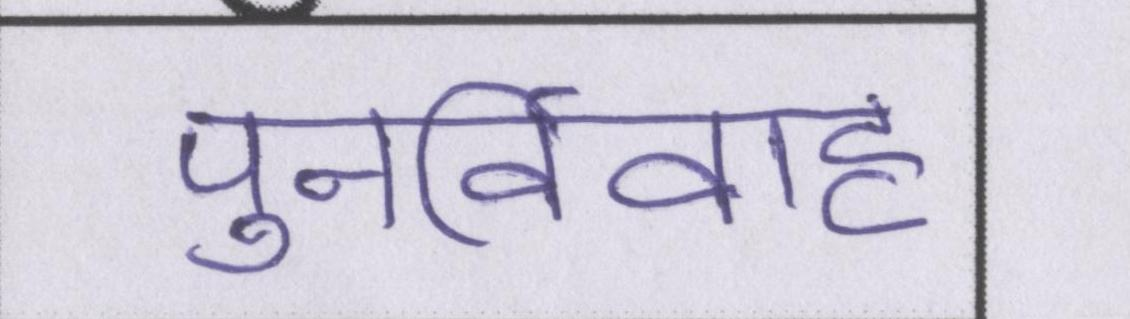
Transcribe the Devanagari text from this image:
पुनर्विवाह